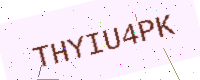
Text: THYIU4PK